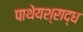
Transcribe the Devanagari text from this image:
पाथेयश्राद्ध